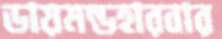
ডায়মন্ডহারবার